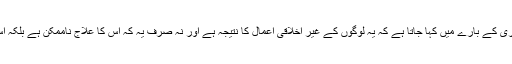
مثال کے طور پر ‘ایڈز‘ کی بیماری کے بارے میں کہا جاتا ہے کہ یہ لوگوں کے غیر اخلاقی اعمال کا نتیجہ ہے اور نہ صرف یہ کہ اس کا علاج ناممکن ہے بلکہ اس کا علاج ڈھونڈنا بھی گناہ ہے ۔